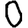
Digit: 0